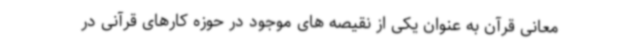
معانی قرآن به عنوان یکی از نقیصه های موجود در حوزه کارهای قرآنی در